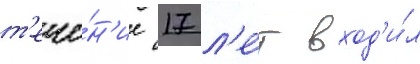
т'ече́н'ие 17 л'е́т вход'и́л